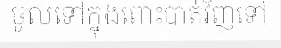
ចូលទៅក្នុងពោះបាត់វិញទៅ